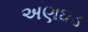
અણઘડ